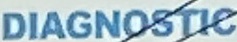
DIAGNOSTIC